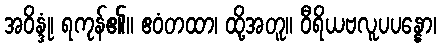
အဝိန္ဒုံ၊ ရကုန်၏။ ဧဝံတထာ၊ ထို့အတူ။ ဝီရိယဗလူပပန္နော၊